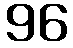
96